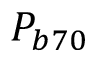
P _ { b 7 0 }